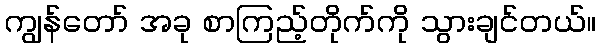
ကျွန်တော် အခု စာကြည့်တိုက်ကို သွားချင်တယ်။